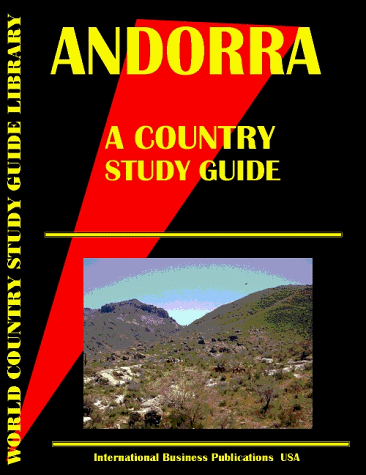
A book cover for Andorra Country Study Guide (World Country Study Guide; USA International Business Publications; Travel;